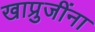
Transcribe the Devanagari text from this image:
खाप्रुजींना